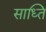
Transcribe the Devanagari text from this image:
साध्ति